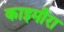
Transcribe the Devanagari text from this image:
काइमीरा